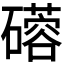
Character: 𬒦